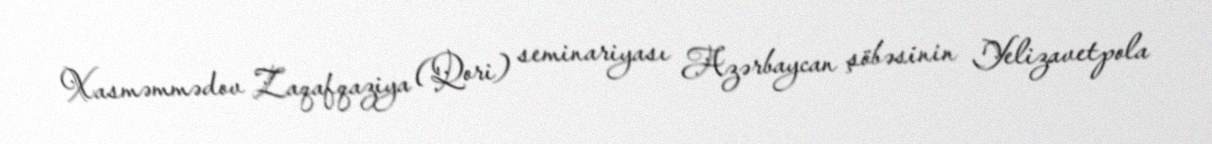
Xasməmmədov Zaqafqaziya (Qori) seminariyası Azərbaycan şöbəsinin Yelizavetpola